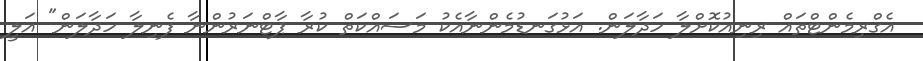
އެގްރިމެންޓްތައް ރިނިއުކޮށްލާ ހަދާލަން. އަޅުގަނޑުމެންނާއެކު މަސައްކަތް ކުރާ ޕާޓްނަރުންނާ ފެނިލާ ހަދާލަން" އަލީ